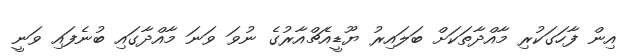
އިން ފާހަގަކުރި މާއްދާތަކަށް ބަލައިރު ޔޫޑީއެޗްއާރުގެ ނުވަ ވަނަ މާއްދާގައި ބުނެފައި ވަނީ